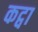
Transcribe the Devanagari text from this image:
कट्वा